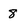
Character: 8